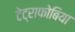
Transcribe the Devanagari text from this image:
टेट्राफोबिया